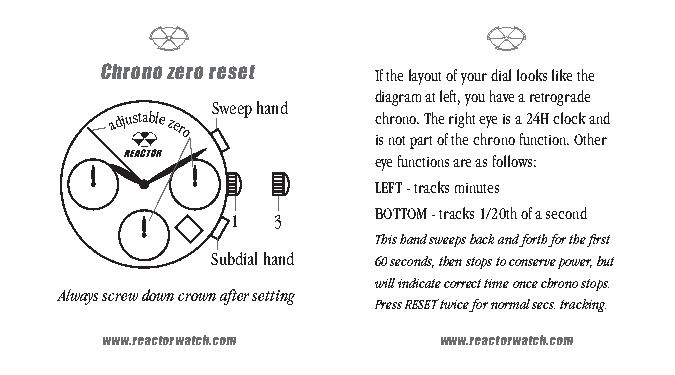
Chrono zero reset If the layout of your dial looks like the
 diagram at left, you have a retrograde
 Sweep hand
 adjustable
 zero
 c ish nro on
 t
 o p.
 a
 T rth oe
 f
 r ti hg eh t
 c
 e hy re
 o
 nis
 o
 a
 f
 u2 n4 cH
 ti
 oc nlo
 .
 c Ok
 t
 ha en rd
 eye functions are as follows:
 LEFT - tracks minutes
 BOTTOM - tracks 1/20th of a second
 1  3
 This hand sweeps back and forth for the first
 Subdial hand 60 seconds, then stops to conserve power, but
 will indicate correct time once chrono stops.
 Always screw down crown after setting
 Press RESET twice for normal secs. tracking.
 www.reactorwatch.com  www.reactorwatch.com